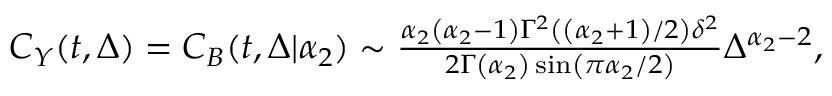
\begin{array} { r } { C _ { Y } ( t , \Delta ) = C _ { B } ( t , \Delta | \alpha _ { 2 } ) \sim \frac { \alpha _ { 2 } \left( \alpha _ { 2 } - 1 \right) \Gamma ^ { 2 } \left( \left( \alpha _ { 2 } + 1 \right) / 2 \right) \delta ^ { 2 } } { 2 \Gamma \left( \alpha _ { 2 } \right) \sin \left( \pi \alpha _ { 2 } / 2 \right) } \Delta ^ { \alpha _ { 2 } - 2 } , } \end{array}